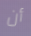
أن